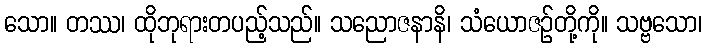
သော။ တဿ၊ ထိုဘုရားတပည့်သည်။ သညောဇနာနိ၊ သံယောဇဉ်တို့ကို။ သဗ္ဗသော၊